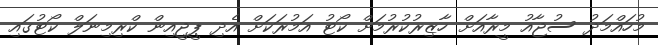
މުހައްމަދު ސުޖާއު މީރާއަށް ހާޒިރުކުރުމަށް ކޯޓު އަމުރަކަށް އެދި ޕީޖީއިން ކްރިމިނަލް ކޯޓުގައި